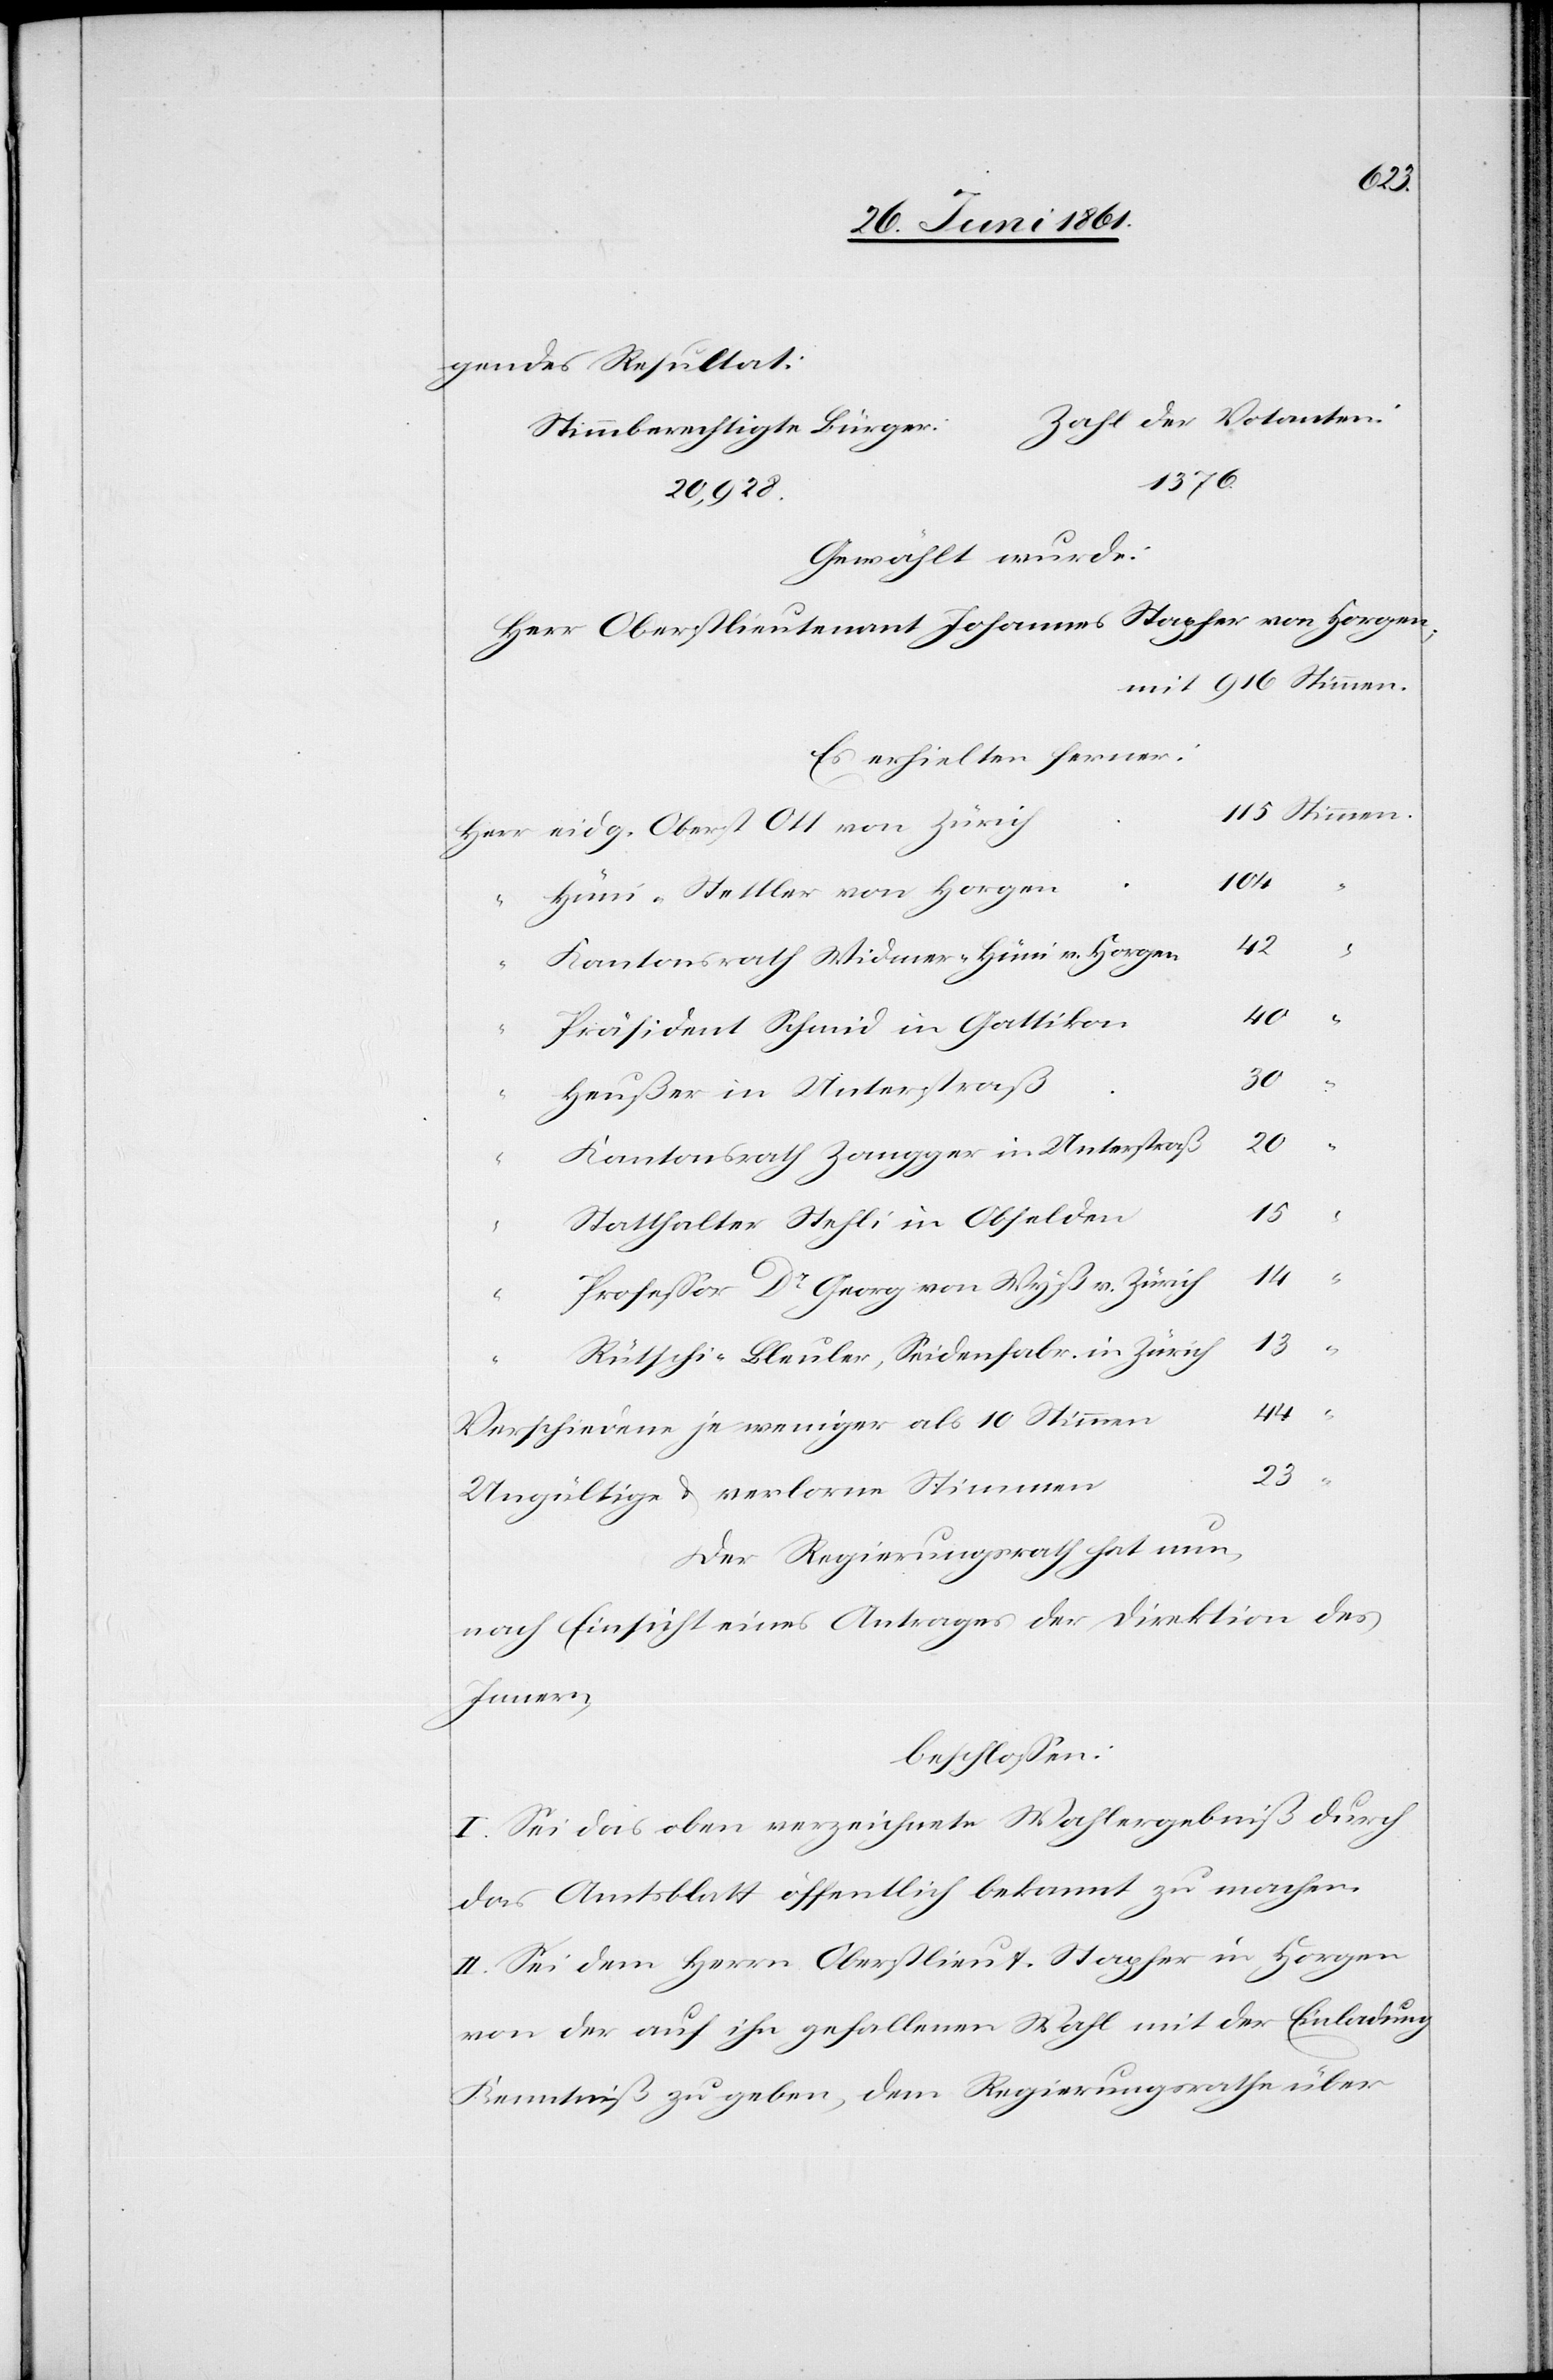
gendes Resultat:
Zahl der Votanten:
Stimmberechtigte Bürger:
1376.
20,928.
Gewählt wurde:
mit 916 Stimmen.
Es erhielten ferner:
eidg. Oberst Ott von Zürich
115
Hüni-Stettler von Horgen
104
“
Kantonsrath Widmer-Hüni v. Horgen
40
Präsident Schmid in Gattikon
Heußer in Unterstraß
“
20
Kantonsrath Zangger in Unterstraß
Statthalter Stehli in Obfelden
44
Professor Dr. Georg von Wyß v. Zürich
23
“
Rütschi-Bleuler, Seidenfabr. in Zürich
Verschiedene je weniger als 10 Stimmen
Ungültige u. verlorne Stimmen
Der Regierungsrath hat nun,
nach Einsicht eines Antrages der Direktion des
Innern,
beschlossen:
I. Sei das oben verzeichnete Wahlergebniß durch
das Amtsblatt öffentlich bekannt zu machen.
II. Sei dem Herrn Oberstlieut. Stapfer in Horgen
von der auf ihn gefallenen Wahl mit der Einladung
Kenntniß zu geben, dem Regierungsrathe über